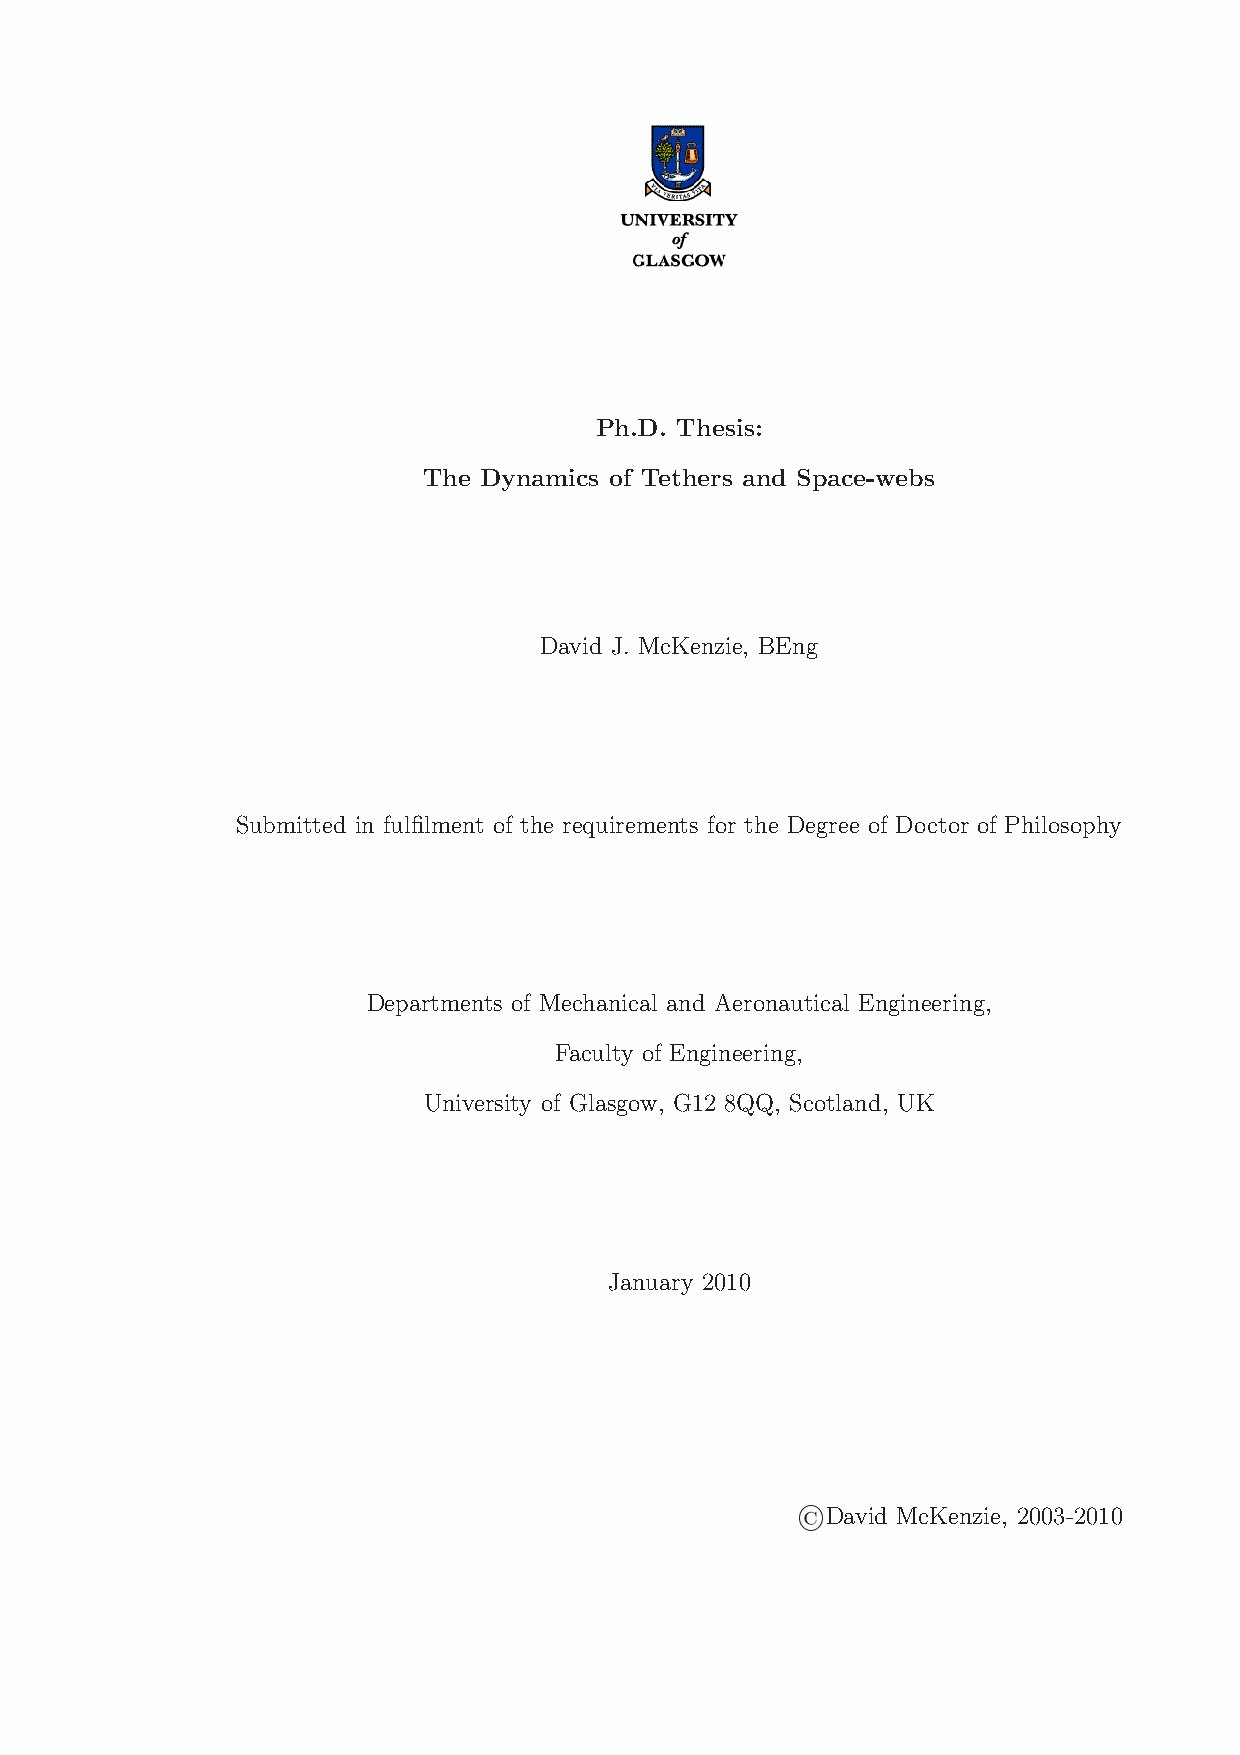
Ph.D. Thesis:
 The Dynamics of Tethers and Space-webs
 David J. McKenzie, BEng
 Submitted in fulfilment of the requirements for the Degree of Doctor of Philosophy
 Departments of Mechanical and Aeronautical Engineering,
 Faculty of Engineering,
 University of Glasgow, G12 8QQ, Scotland, UK
 January 2010
 David McKenzie, 2003-2010
 ©